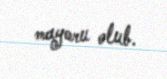
mayoru olub.